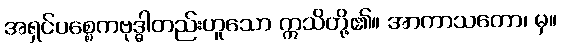
အရှင်ပစ္စေကဗုဒ္ဓါတည်းဟူသော ဣသိတို့၏။ အာကာသတော၊ မှ။